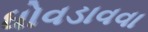
ધોવડાવવા